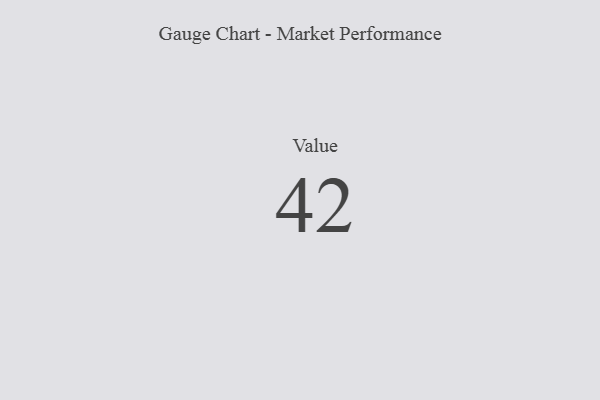
{"axis": {"x": "Metric", "y": "Value"}, "legend": [""], "data": [{"x": "Value", "y": 42, "type": ""}]}